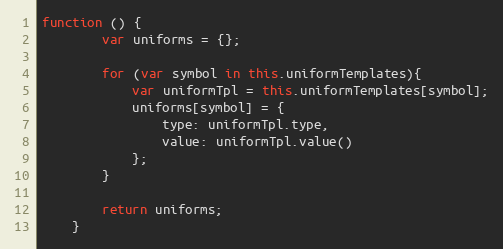
Language: JavaScript
function () {
        var uniforms = {};

        for (var symbol in this.uniformTemplates){
            var uniformTpl = this.uniformTemplates[symbol];
            uniforms[symbol] = {
                type: uniformTpl.type,
                value: uniformTpl.value()
            };
        }

        return uniforms;
    }